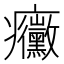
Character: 𭼼